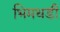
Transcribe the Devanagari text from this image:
भिमथडी